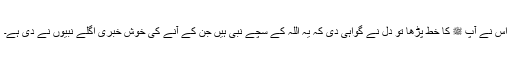
اس نے آپ ﷺ کا خط پڑھا تو دل نے گواہی دی کہ یہ اللہ کے سچے نبی ہیں جن کے آنے کی خوش خبری اگلے نبیوں نے دی ہے۔